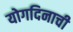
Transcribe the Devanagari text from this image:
योगदिनाची